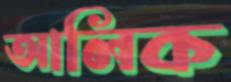
আলিক